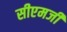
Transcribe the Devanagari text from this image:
सीएमजी